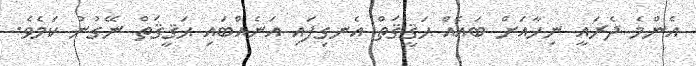
އެންމެ ދެރައީ ނިހާއަށް ބައެއް ޙަޤީޤަތް އެނގިފައި އަނެއްބައި ޙަޤީޤަތް ނޭގުނު ކަމެވެ.